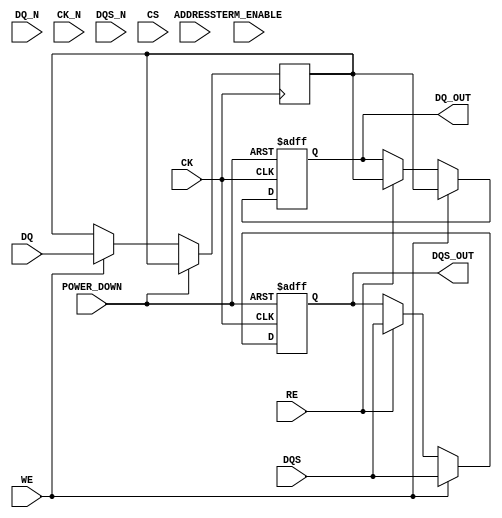
module GDDR2_IO_Block #(
    parameter DATA_WIDTH = 32 // Configurable data bus width (16, 32, 64)
)(
    // Differential data signals
    input  wire [DATA_WIDTH-1:0] DQ,     // Data inputs
    input  wire [DATA_WIDTH-1:0] DQ_N,   // Data inputs (complement)
    
    // Clock signals
    input  wire CK,                    // Clock input
    input  wire CK_N,                  // Complementary clock input
    
    // Data strobe signals
    input  wire DQS,                   // Data strobe signal
    input  wire DQS_N,                 // Complementary data strobe signal
    
    // Control signals
    input  wire CS,                    // Chip Select
    input  wire WE,                    // Write Enable
    input  wire RE,                    // Read Enable
    input  wire [15:0] ADDRESS,        // Address lines
    
    // Output signals
    output reg [DATA_WIDTH-1:0] DQ_OUT, // Data output
    output reg DQS_OUT,                // Data strobe output
    
    // Power management signals
    input  wire POWER_DOWN,            // Power down mode control
    
    // Termination control (simplified)
    input  wire TERM_ENABLE             // Termination enable
);

// Internal signals
reg [DATA_WIDTH-1:0] data_buffer; // Buffer for data
reg dqs_buffer;                   // Buffer for DQS signal

// Clock gating (simplified)
always @(posedge CK or posedge POWER_DOWN) begin
    if (POWER_DOWN) begin
        // Put the module in power down mode
        DQ_OUT <= {DATA_WIDTH{1'bz}}; // High impedance state
        DQS_OUT <= 1'bz;               // High impedance state
    end else begin
        if (WE) begin
            // Write operation
            data_buffer <= DQ; // Capture data on write
            DQ_OUT <= data_buffer; // Output data
            DQS_OUT <= DQS; // Drive DQS
        end else if (RE) begin
            // Read operation
            DQ_OUT <= data_buffer; // Output buffered data
            DQS_OUT <= DQS; // Drive DQS
        end
    end
end

// Termination handling (simplified)
always @(TERM_ENABLE) begin
    if (TERM_ENABLE) begin
        // Apply termination logic (not implemented in detail)
    end
end

// Built-in self-test (BIST) and debug features can be added here

endmodule